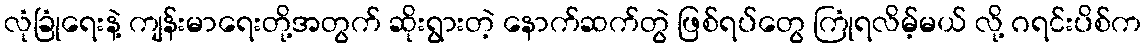
လုံခြုံရေးနဲ့ ကျန်းမာရေးတို့အတွက် ဆိုးရွားတဲ့ နောက်ဆက်တွဲ ဖြစ်ရပ်တွေ ကြုံရလိမ့်မယ် လို့ ဂရင်းပိစ်က